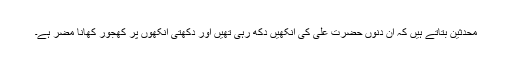
محدثین بتاتے ہیں کہ ان دنوں حضرت علیؓ کی آنکھیں دکھ رہی تھیں اور دکھتی آنکھوں پر کھجور کھانا مضر ہے۔